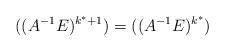
LaTeX: \begin{align*}((A^{-1}E)^{k^*+1}) = ((A^{-1}E)^{k^*})\end{align*}